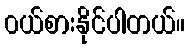
၀ယ်စားနိုင်ပါတယ်။